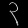
Digit: ၃